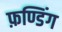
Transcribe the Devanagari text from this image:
फ़ण्डिंग